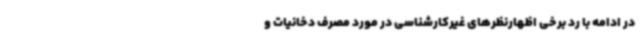
در ادامه با رد برخی اظهارنظرهای غیرکارشناسی در مورد مصرف دخانیات و